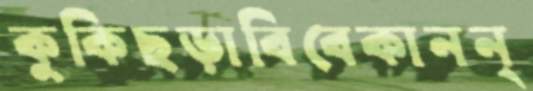
কুকিছড়াবিবেকানন্